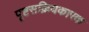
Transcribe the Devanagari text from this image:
पृष्टसक्रियकारक